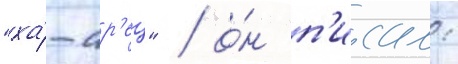
"ха́-ар'ец" / о́н п'исал: